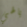
يالهي